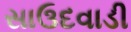
સાઉદવાડી